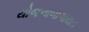
યોજનાબાગાયત